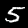
Label: 5